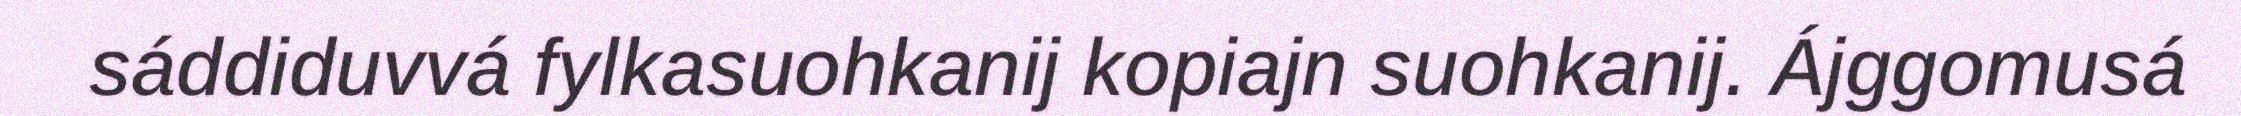
sáddiduvvá fylkasuohkanij kopiajn suohkanij. Ájggomusá